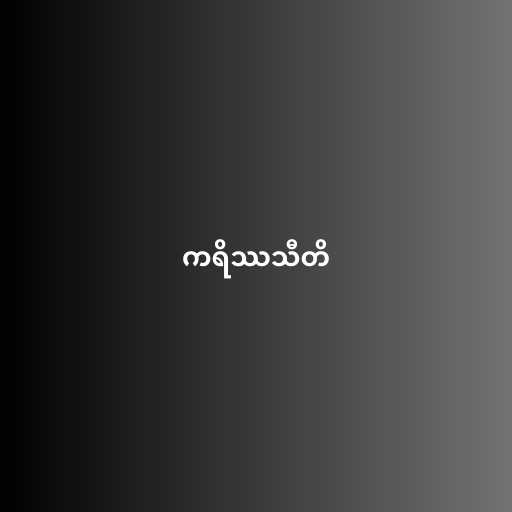
ကရိဿသီတိ